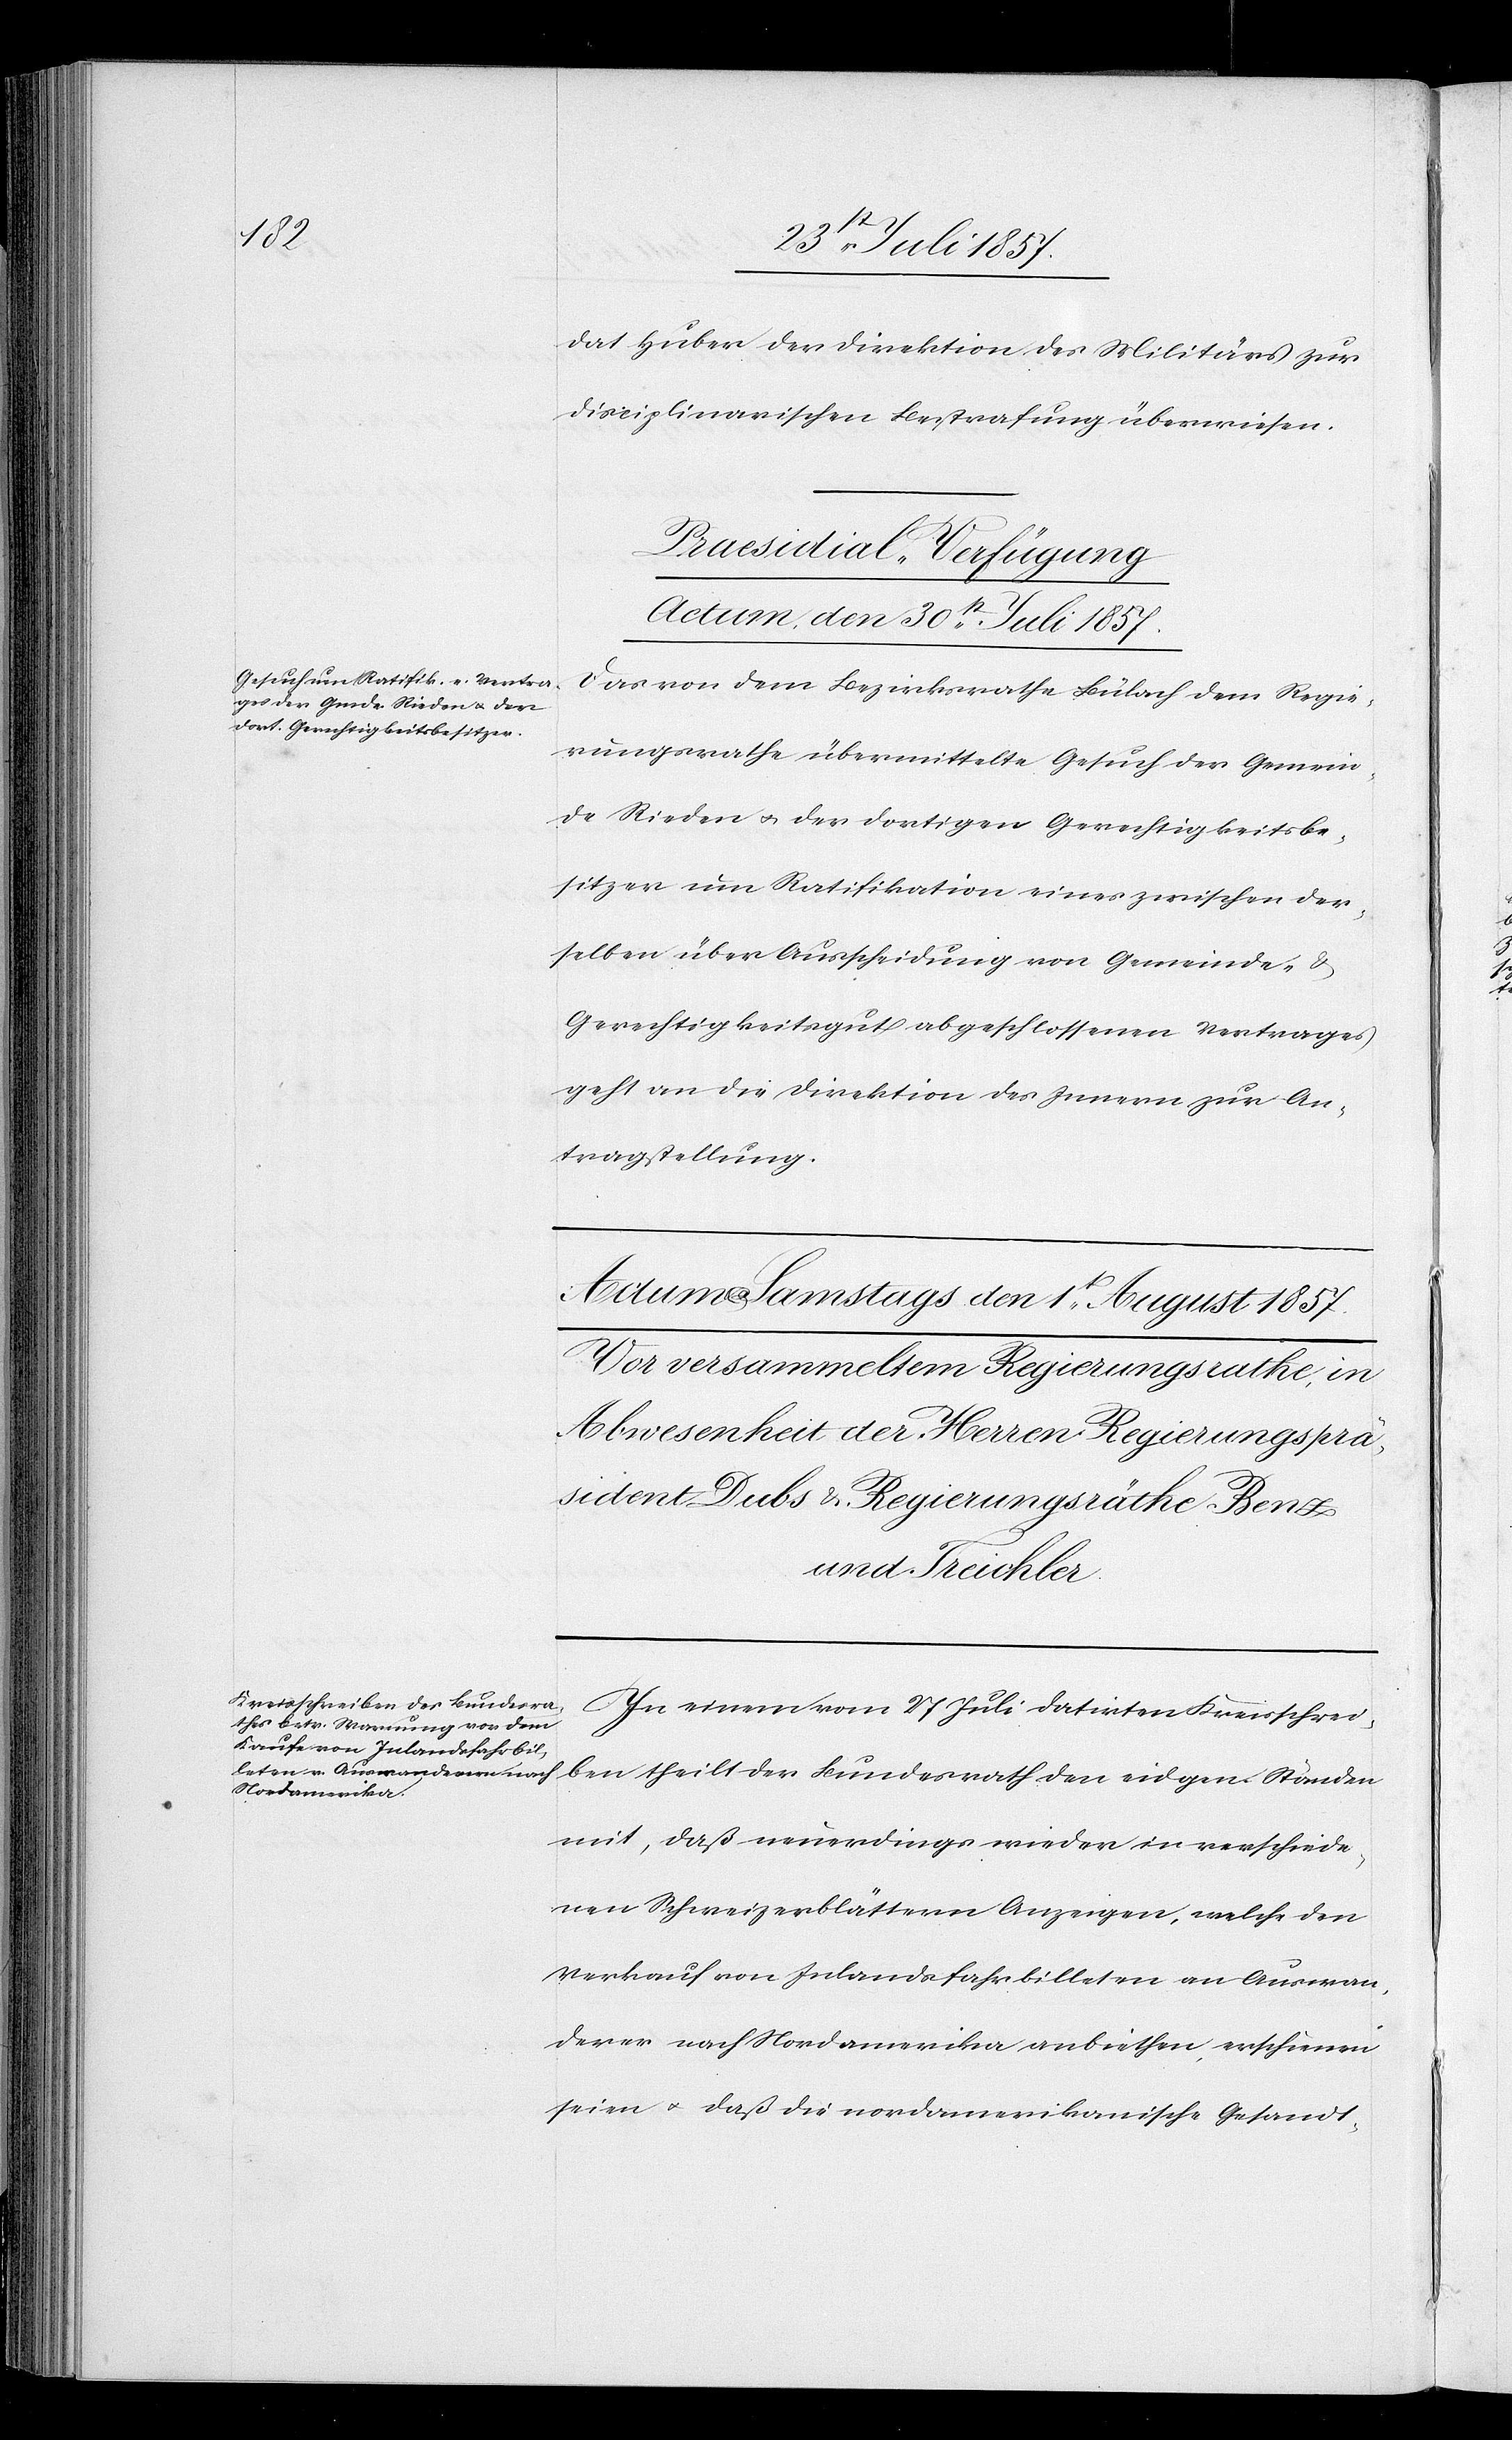
dat Huber der Direktion des Militärs zur
disziplinarischen Bestrafung überwiesen.
[Praesidial-Verfügung.]
Actum den 30t Juli 1857.
Das von dem Bezirksrathe Bülach dem Regie¬
rungsrathe übermittelte Gesuch der Gemein¬
de Rieden & der dortigen Gerechtigkeitsbe¬
sitzer um Ratifikation eines zwischen den¬
selben über Ausscheidung von Gemeinde- &
Gerechtigkeitsgut abgeschlossenen Vertrages
geht an die Direktion des Innern zur An¬
tragstellung.
In einem vom 27 Juli datirten Kreisschrei¬
ben theilt der Bundesrath den eidgen. Ständen
mit, daß neuerdings wieder in verschiede¬
nen Schweizerblättern Anzeigen, welche den
Verkauf von Inlandsfahrbilleten an Auswan¬
derer nach Nordamerika anbiethen, erschienen
seien & daß die nordamerikanische Gesandt-